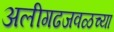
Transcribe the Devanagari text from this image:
अलीगढजवळच्या